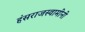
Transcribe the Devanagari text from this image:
हंसराजस्वामींनी